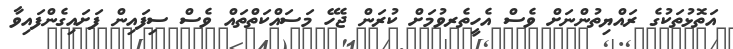
އަތޮޅުތަކުގެ ރައްޔިތުންނަށް ވެސް އެހީތެރވުމަށް ކުރަން ޖެހޭ މަސައްކަތްތައް ވެސް ސިފައިން ފަށައިގެންފައިވާ